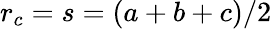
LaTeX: \displaystyle r_{c}=s=(a+b+c)/2